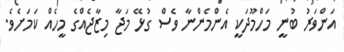
އަންވަރު ބުނީ މަހްމޫދަކީ އެންމެންނާ ވެސް ގުޅޭ މަޖާ މިޒާޖެއްގެ މީހެއް ކަމަށެވެ.